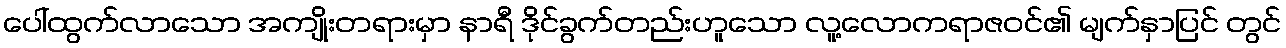
ပေါ်ထွက်လာသော အကျိုးတရားမှာ နာရီ ဒိုင်ခွက်တည်းဟူသော လူ့လောကရာဇဝင်၏ မျက်နှာပြင် တွင်